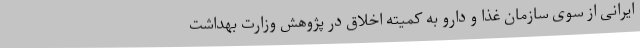
ایرانی از سوی سازمان غذا و دارو به کمیته اخلاق در پژوهش وزارت بهداشت